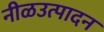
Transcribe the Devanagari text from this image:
नीळउत्पादन